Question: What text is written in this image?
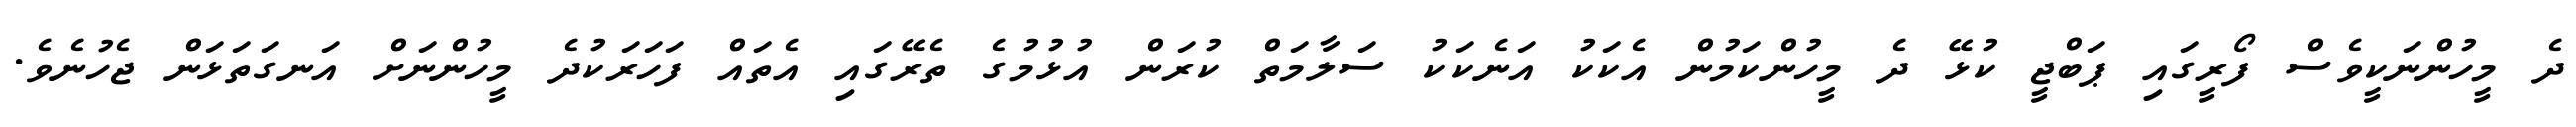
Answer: ދެ މީހުންނަކީވެސް ފޯރީގައި ޕަބްޖީ ކުޅޭ ދެ މީހުންކަމުން އެކަކު އަނެކަކު ސަލާމަތް ކުރަން އުޅުމުގެ ތެރޭގައި އެތައް ފަހަރަކުދެ މީހުންނަށް އަނގަތަޅަން ޖެހުނެވެ.